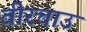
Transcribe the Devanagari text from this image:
वीरचाउ